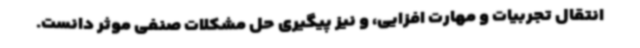
انتقال تجربیات و مهارت افزایی، و نیز پیگیری حل مشکلات صنفی موثر دانست.